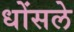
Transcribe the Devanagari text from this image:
धोंसले